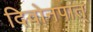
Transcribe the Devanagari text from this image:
दिवोनपात्